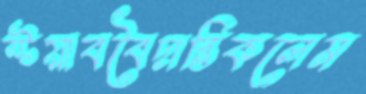
স্টয়াববৈদান্তিকলেম